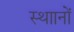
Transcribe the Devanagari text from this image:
स्थाानों